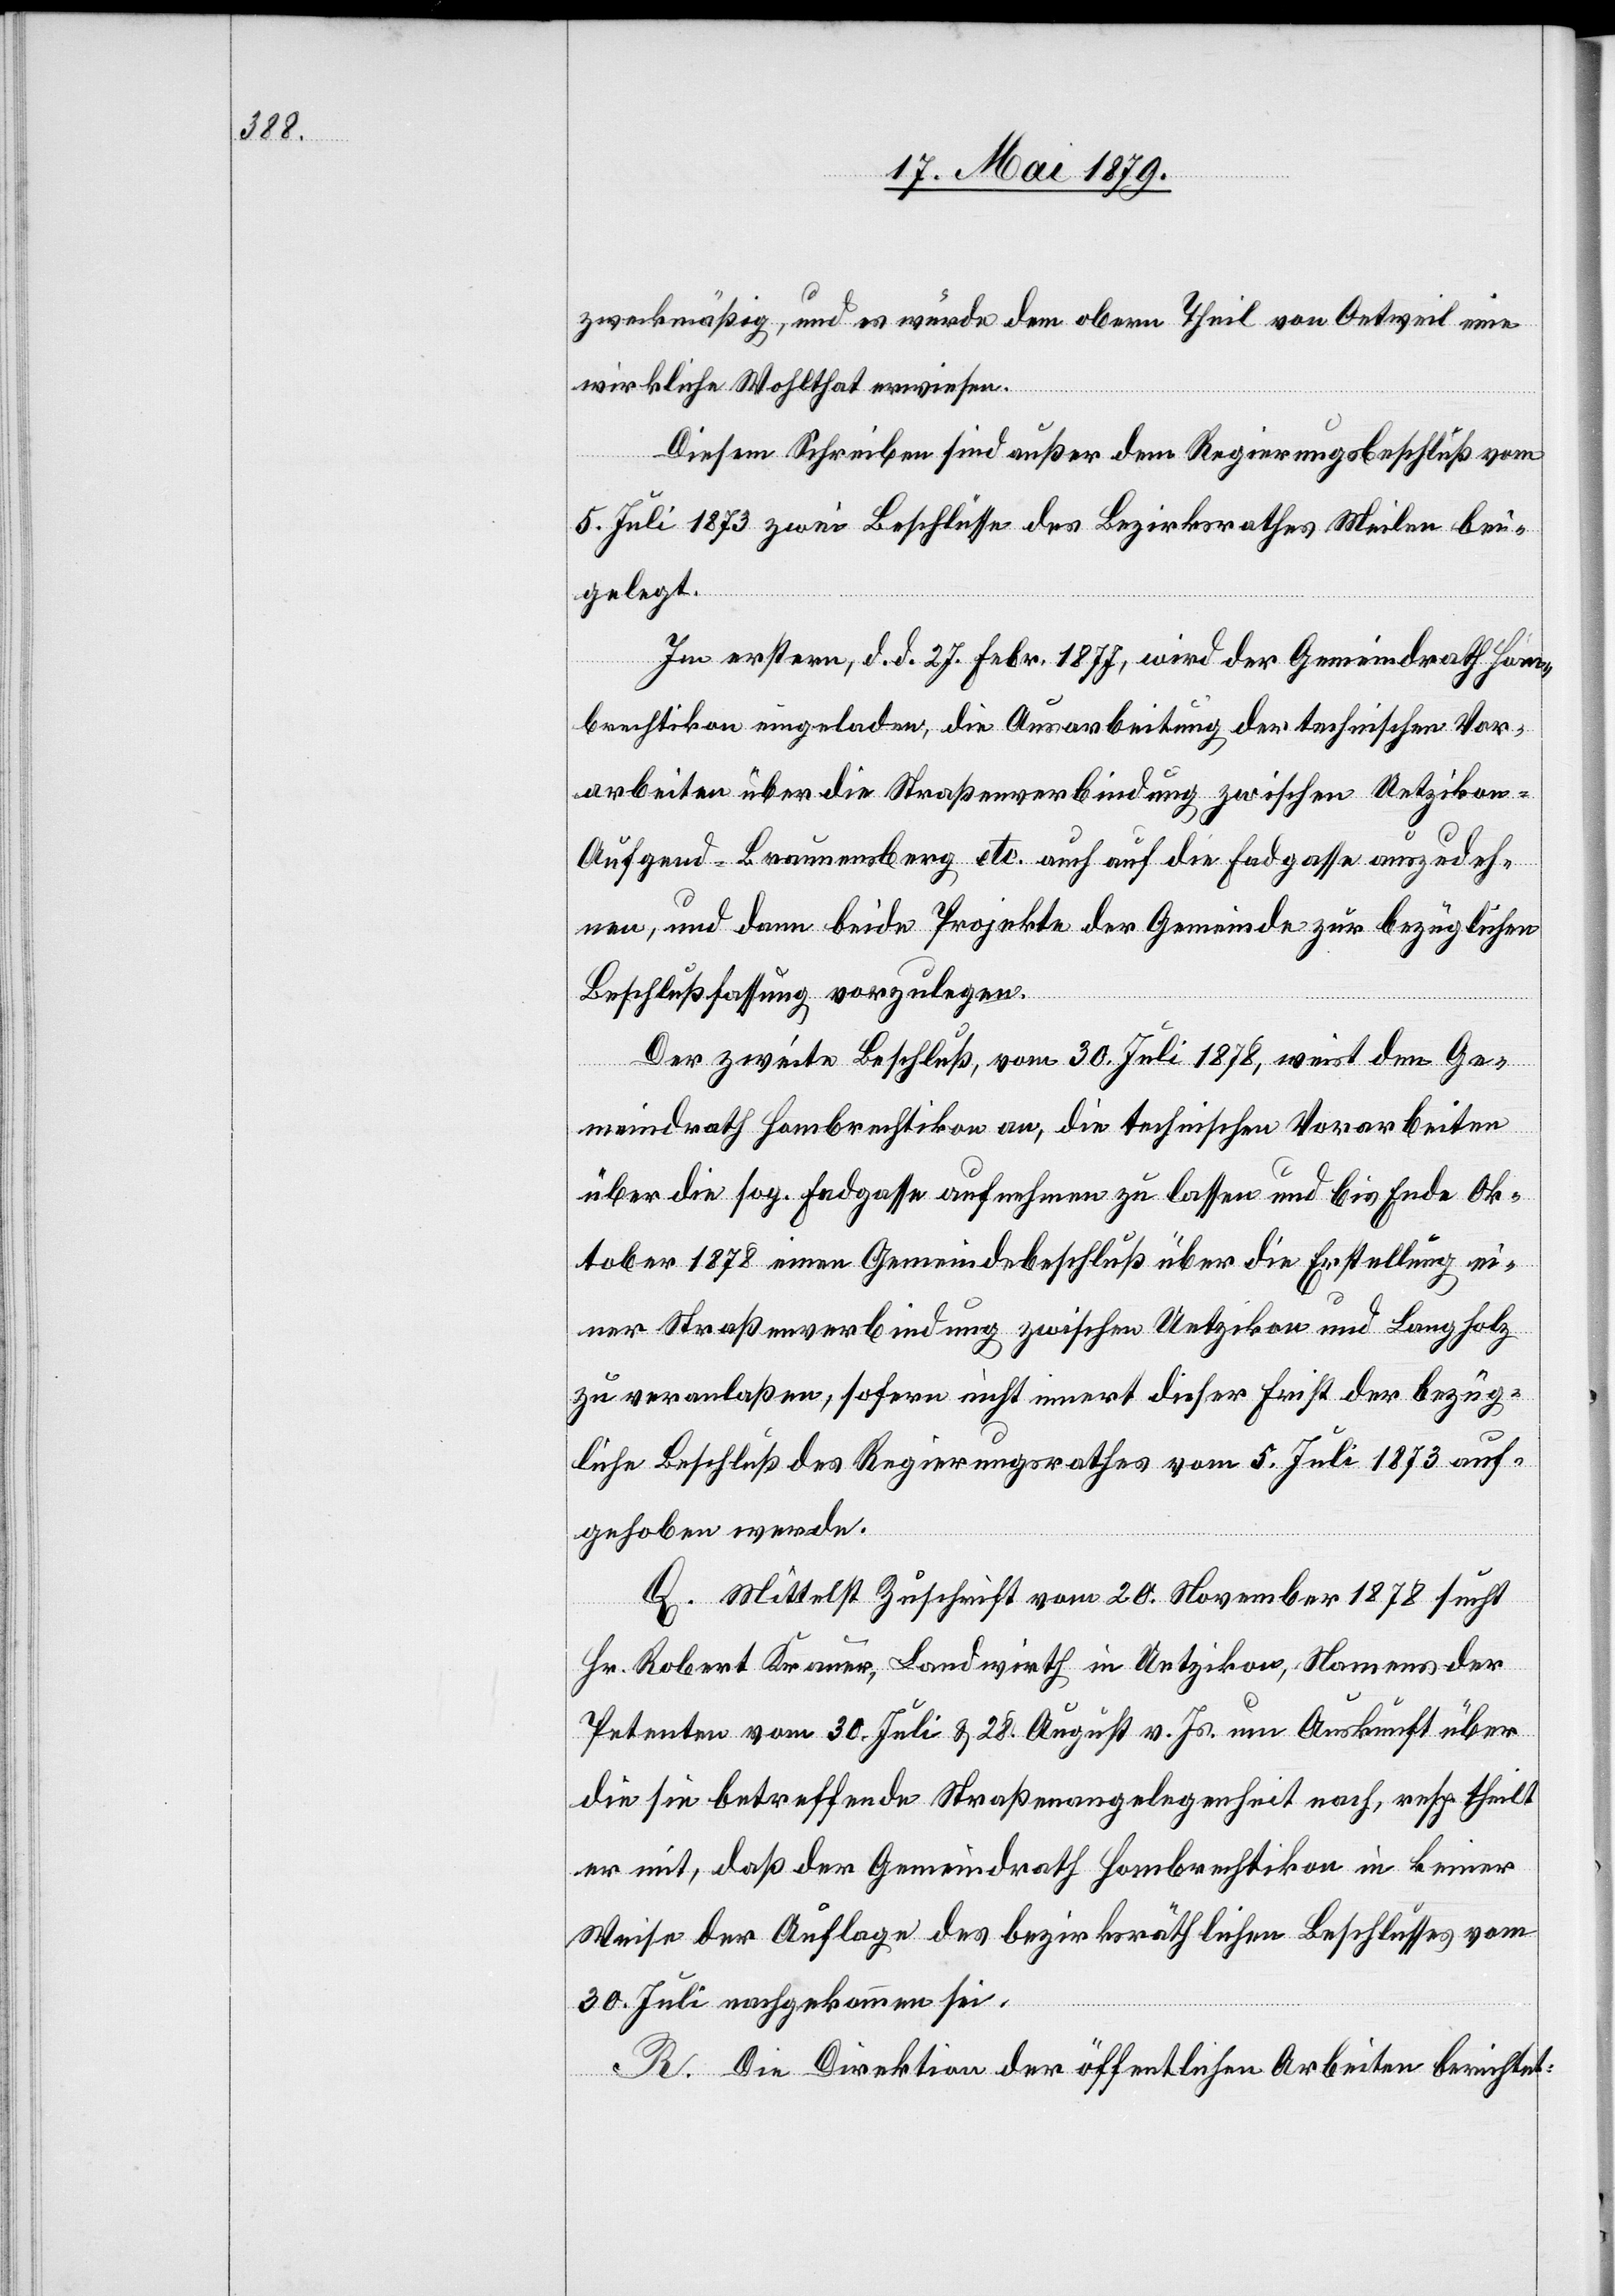
zweckmäßig, und es würde dem obern Theil von Oetweil eine
wirkliche Wohlthat erwiesen.
Diesem Schreiben sind außer dem Regierungsbeschluß vom
5. Juli 1873 zwei Beschlüsse des Bezirksrathes Meilen bei¬
gelegt.
Im erstern, d. d. 27. Febr. 1877, wird der Gemeindrath Hom¬
brechtikon eingeladen, die Ausarbeitung der technischen Vor¬
arbeiten über die Straßenverbindung zwischen Uetzikon–A¬
ufgend–Braunensberg etc. auch auf die Fadgasse auszudeh¬
nen, und dann beide Projekte der Gemeinde zur bezüglichen
Beschlußfassung vorzulegen.
Der zweite Beschluß, vom 30. Juli 1878, weist den Ge¬
meindrath Hombrechtikon an, die technischen Vorarbeiten
über die sog. Fadgasse aufnehmen zu lassen und bis Ende Ok¬
tober 1878 einen Gemeindebeschluß über die Erstellung ei¬
ner Straßenverbindung zwischen Uetzikon und Langholz
zu veranlaßen, sofern nicht innert dieser Frist der bezüg¬
liche Beschluß des Regierungsrathes vom 5. Juli 1873 auf¬
gehoben werde.
Q. Mittelst Zuschrift vom 20. November 1878 sucht
Hr. Robert Krauer, Landwirth in Uetzikon, Namens der
Petenten vom 30. Juli & 28. August v. Js. um Auskunft über
die sie betreffende Straßenangelegenheit nach, resp. theilt
er mit, daß der Gemeindrath Hombrechtikon in keiner
Weise der Auflage des bezirksräthlichen Beschlusses vom
30. Juli nachgekommen sei.
R. Die Direktion der öffentlichen Arbeiten berichtet: